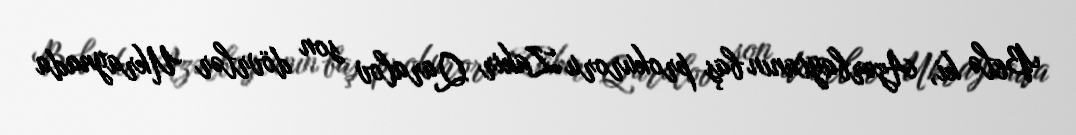
Belə ki, Azərbaycanın baş prokuroru Zakir Qaralov son dövrlər Ukraynada